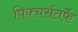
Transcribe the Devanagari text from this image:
पिक्चर्सतर्फे